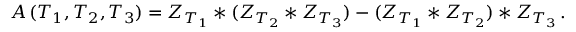
A \, ( T _ { 1 } , T _ { 2 } , T _ { 3 } ) = Z _ { T _ { 1 } } * ( Z _ { T _ { 2 } } * Z _ { T _ { 3 } } ) - ( Z _ { T _ { 1 } } * Z _ { T _ { 2 } } ) * Z _ { T _ { 3 } } \, .